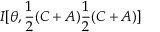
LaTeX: I [ \theta , \frac { 1 } { 2 } ( C + A ) \frac { 1 } { 2 } ( C + A ) ]